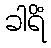
ခါရိံ